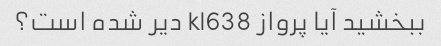
ببخشید آیا پرواز kl638 دیر شده است؟